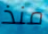
منذ